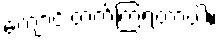
ကျောင်းတက်ကြရတာပါ။